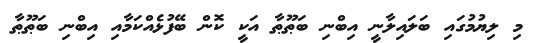
މި ލިޔުމުގައި ބަލައިލާނީ އިބްނި ބަޠޫޠާ އަކީ ކޮން ބޭފުޅެއްކަމާއި އިބްނި ބަޠޫޠާ